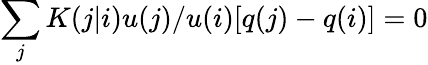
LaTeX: \sum_{j}K(j|i)u(j)/u(i)[q(j)-q(i)]=0